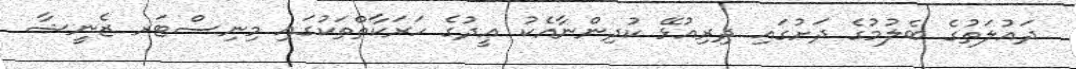
ދައުލަތުގެ ބެލުމުގެ ދަށުގައި ދިރިއުޅޭ ކުދިންނާއެކު ޢީދުގެ ހަރަކާތްތަކުގައި މިނިސްޓަރ ޒެނީޝާ